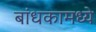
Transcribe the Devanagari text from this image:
बांधकामध्ये